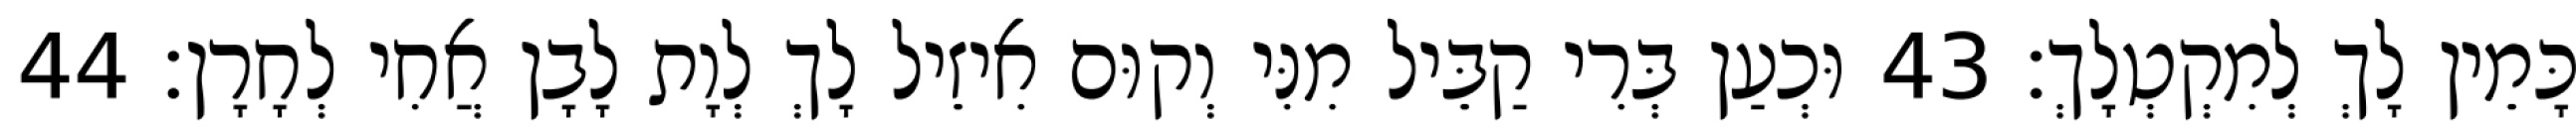
כָּמֵין לָךְ לְמִקְטְלָךְ׃ 43 וּכְעַן בְּרִי קַבֵּיל מִנִּי וְקוּם אִיזֵיל לָךְ לְוָת לָבָן אֲחִי לְחָרָן׃ 44